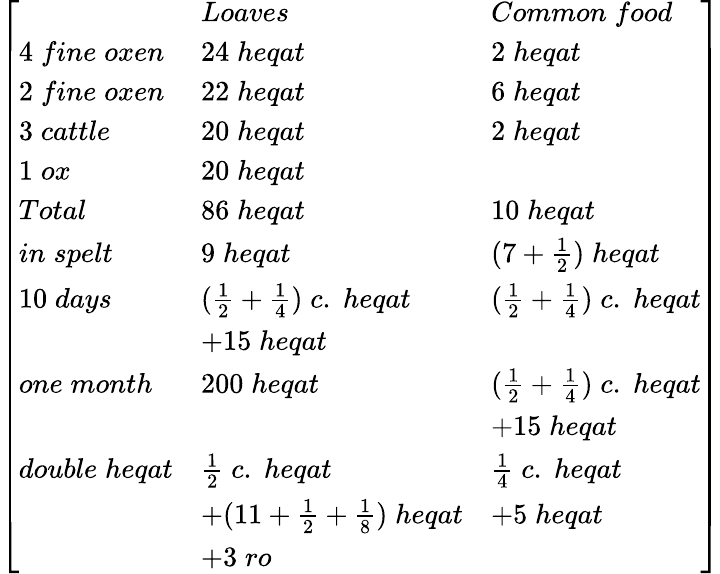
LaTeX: {\left[\begin{array}{lll}&{Loaves}&{Common\; food}\\ {4\; fine\; oxen}&{24\; heqat}&{2\; heqat}\\ {2\; fine\; oxen}&{22\; heqat}&{6\; heqat}\\ {3\; cattle}&{20\; heqat}&{2\; heqat}\\ {1\; ox}&{20\; heqat}&\\ {Total}&{86\; heqat}&{10\; heqat}\\ {in\; spelt}&{9\; heqat}&{(7+{\frac{1}{2}})\; heqat}\\ {10\; days}&{({\frac{1}{2}}+{\frac{1}{4}})\; c.\; heqat}&{({\frac{1}{2}}+{\frac{1}{4}})\; c.\; heqat}\\ &{+15\; heqat}&\\ {one\; month}&{200\; heqat}&{({\frac{1}{2}}+{\frac{1}{4}})\; c.\; heqat}\\ &&{+15\; heqat}\\ {double\; heqat}&{{\frac{1}{2}}\; c.\; heqat}&{{\frac{1}{4}}\; c.\; heqat}\\ &{+(11+{\frac{1}{2}}+{\frac{1}{8}})\; heqat}&{+5\; heqat}\\ &{+3\; ro}&\end{array}\right]}